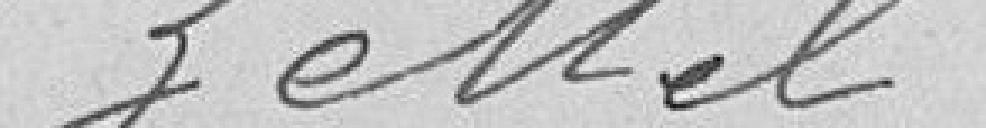
Zettel